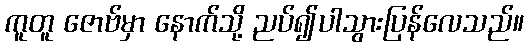
ကူတူ ဇောဗ်မှာ နောက်သို့ ညပ်၍ပါသွားပြန်လေသည်။